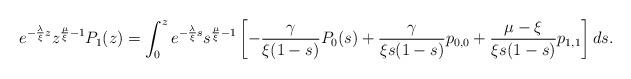
LaTeX: \begin{align*}e^{-\frac{\lambda}{\xi} z} z^{\frac{\mu}{\xi}-1} P_{1}(z) = \int_{0}^{z} e^{-\frac{\lambda}{\xi} s} s^{\frac{\mu}{\xi}-1}\left[ -\frac{\gamma}{\xi(1-s)}P_{0}(s) + \frac{\gamma}{\xi s (1-s)}p_{0,0} + \frac{\mu - \xi}{\xi s(1-s)}p_{1,1} \right]ds.\end{align*}